Lunatic asylums United Provinces 1899-1908 - 1899-1908
Year: 1899
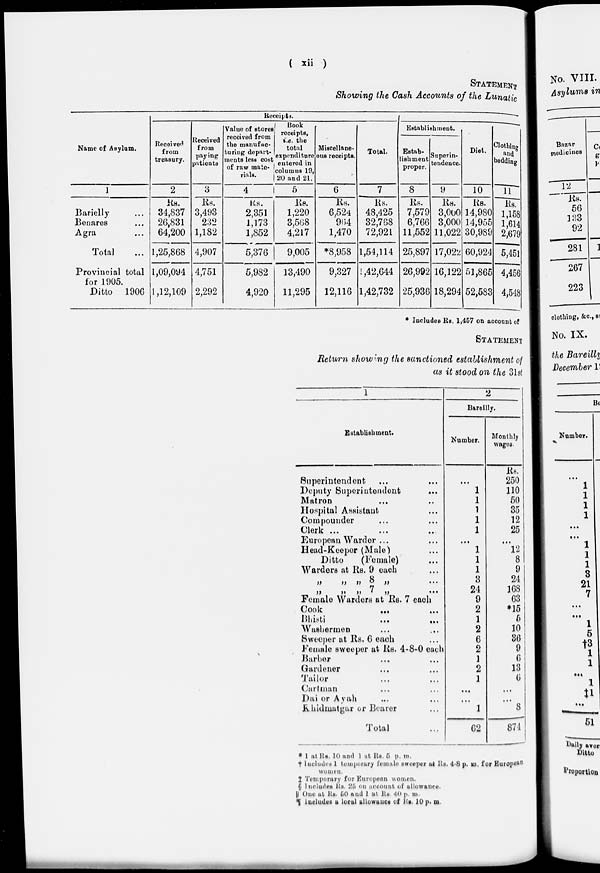
( xii )
STATEMENT
Showing the Cash Accounts of the Lunatic
Name of Asylum.
1
Barielly ...
Benares ...
Agra ...
Total ...
Provincial total
for 1905.
Ditto 1906
Receipts.
Received
from
treasury.
2
Rs.
34,837
26,831
64,200
1,25,868
1,09,094
1,12,109
Received
from
paying
patients
3
RS.
3,493
232
1,182
4,907
4,751
2,292
Value of stores
received from
the manufac-
turing; depart-
ments less cost
of raw mate-
rials.
4
Rs.
2,351
1,173
1,852
5,376
5,982
4,920
Book
receipts,
i.e. the
total
expediture
entered in
columns 19,
20 and 21.
5
Rs.
1,220
3,568
4,217
9,005
13,490
11,295
Miscellane-
ous receipts.
6
Rs.
6,524
964
1,470
*8,958
9,327
12,116
Total.
7
Rs.
48,425
32,768
72,921
1,54,114
1,42,644
1,42,732
Establishment.
Estab-
lishment
proper.
8
Rs.
7,579
6,766
11,552
25,897
26,992
25,936
Superin-
tendence.
9
Rs.
3,000
3,000
11,022
17,022
16,122
18,294
Diet.
10
Rs.
14,980
14,955
30,989
60,924
51,865
52,583
Clothing
and
bedding
11
Rs.
1,158
1,614
2,679
5,451
4,456
4,548
* Includes Rs. 1,457 on account of
STATEMENT
Return showing the sanctioned establishment of
as it stood on the 31st
1
Establishment.
Superintendent ... ...
Deputy Superintendent ... ...
Matron ... ...
Hospital Assistant ...
Compounder ... ...
Clerk ... ...
European Warder ... ...
Head-Keeper (Male) ...
Ditto
(Female) ...
Warders at Rs. 9 each ...
„ „ „ 8 „ ...
„ „ „ 7 „ ...
Female Warders at Rs. 7 each
Cook
... ...
Bhisti
...
...
Washermen ... ...
Sweeper at Rs. 6 each ...
Female sweeper at Rs. 4-8-0 each
Barber ... ...
Gardener ... ...
Tailor ... ...
Cartman ... ...
Dai or Ayal ... ...
Khidmatgar or Bearer ...
Total ...
2
Bareilly.
Number.
...
1
1
1
1
1
...
1
1
1
3
24
9
2
1
2
6
2
1
2
1
...
...
1
62
Monthly
wages.
Rs.
250
110
50
35
12
25
...
12
8
9
24
168
63
*15
5
10
36
9
6
13
6
...
...
8
874
* 1 at Rs. 10 and 1 at Rs. 5 p. m.
† Includes 1 temporary female sweeper at Rs. 4-8 p. m. for European
women.
‡ Temporary for European women.
§ Includes Rs. 25 on account of allowance.
|| One at Rs. 50 and 1 at Rs. 40 p. m.
¶ Includes a local allowance of Rs. 10 p. m.